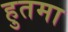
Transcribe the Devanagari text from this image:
हुतमा